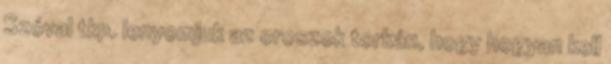
Szóval tkp. lenyomjuk az oroszok torkán, hogy hogyan kell